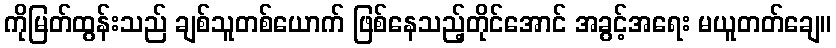
ကိုမြတ်ထွန်းသည် ချစ်သူတစ်ယောက် ဖြစ်နေသည့်တိုင်အောင် အခွင့်အရေး မယူတတ်ချေ။